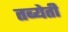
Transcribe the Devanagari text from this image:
तब्येती